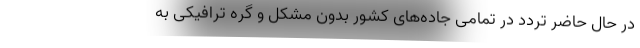
در حال حاضر تردد در تمامی جاده‌های کشور بدون مشکل و گره ترافیکی به